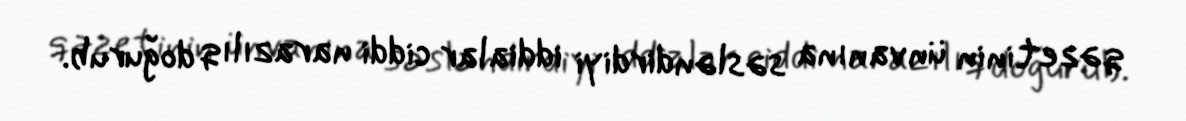
qəzetinin ünvanına səsləndirdiyi iddialar ciddi narazılıq doğurub.